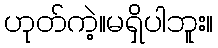
ဟုတ်ကဲ့။မရှိပါဘူး။